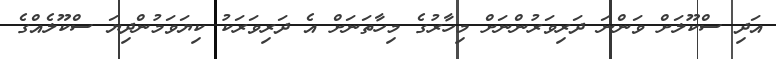
އަދި ސްކޫލަށް ވަންނަ ދަރިވަރުންނަށް މިހާރުގެ މިހާތަނަށް އެ ދަރިވަރަކު ކިޔަވަމުންދިޔަ ސްކޫލެއްގެ